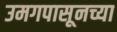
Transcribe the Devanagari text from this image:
उमगपासूनच्या